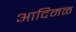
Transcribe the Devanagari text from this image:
आदिमळ